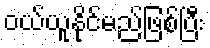
ဝယ်ယူနိုင်မည်ဖြစ်ပြီး